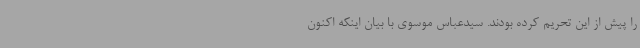
را پیش از این تحریم کرده بودند. سیدعباس موسوی با بیان اینکه اکنون